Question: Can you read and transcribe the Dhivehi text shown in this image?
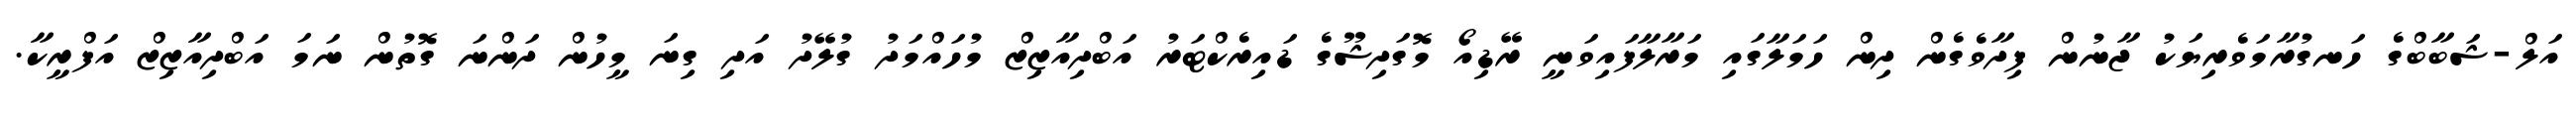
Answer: އަލް-ޝަބާބްގެ ހަނގުރާމަވެރިޔަކު ޖާނުން ފިދާވެގެން ދިން ހަމަލާގައި މަރާލާފައިވަނީ ރޭޑިއޯ މޮގަދިޝޫގެ ޑައިރެކްޓަރު އަބްދިއާޒިޒް މުހައްމަދު ގުލޭދު އަދި ގިނަ މީހުން ދަންނަ ގޮތުން ނަމަ އަބްދިއާޒިޒް އަފްރީކާ.